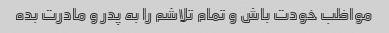
مواظب خودت باش و تمام تلاشم را به پدر و مادرت بده